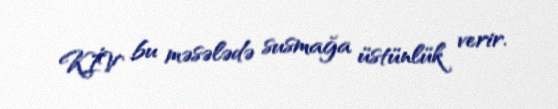
KİV bu məsələdə susmağa üstünlük verir.